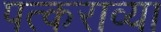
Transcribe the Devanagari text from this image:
पत्कराव्या